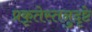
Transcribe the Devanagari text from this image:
प्रकृतेस्तनुदृष्टे